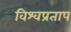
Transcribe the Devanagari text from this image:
विश्वप्रताप